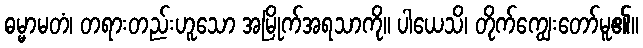
ဓမ္မာမတံ၊ တရားတည်းဟူသော အမြိုက်အရသာကို။ ပါယေသိ၊ တိုက်ကျွေးတော်မူ၏။